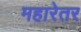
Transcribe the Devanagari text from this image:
महारेतर